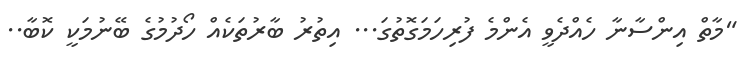
"މާތް އިންސާނާ ހެއްދެވީ އެންމެ ފުރިހަމަގޮތުގަ... އިތުރު ބާރުތަކެއް ހޯދުމުގެ ބޭނުމަކީ ކޮބާ..